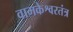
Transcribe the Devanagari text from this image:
वामकेश्वरतंत्र